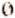
0